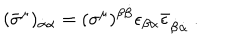
LaTeX: ( \bar { \sigma } ^ { \mu } ) _ { \dot { \alpha } \alpha } = ( \sigma ^ { \mu } ) ^ { \beta \dot { \beta } } \epsilon _ { \beta \alpha } \bar { \epsilon } _ { \dot { \beta } \dot { \alpha } } ~ .